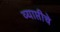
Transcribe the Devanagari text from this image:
व्याप्तीचे